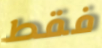
فقط